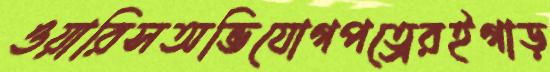
ওয়ারিসঅভিযোগপত্রেরইগাড়